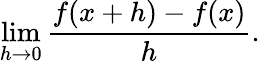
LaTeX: \operatorname*{lim}_{h\to 0}{\frac{f(x+h)-f(x)}{h}}.